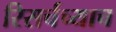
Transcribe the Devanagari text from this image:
रिसर्चच्याच